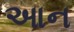
આન